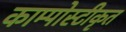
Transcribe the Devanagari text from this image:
काम्पोस्टीकृत